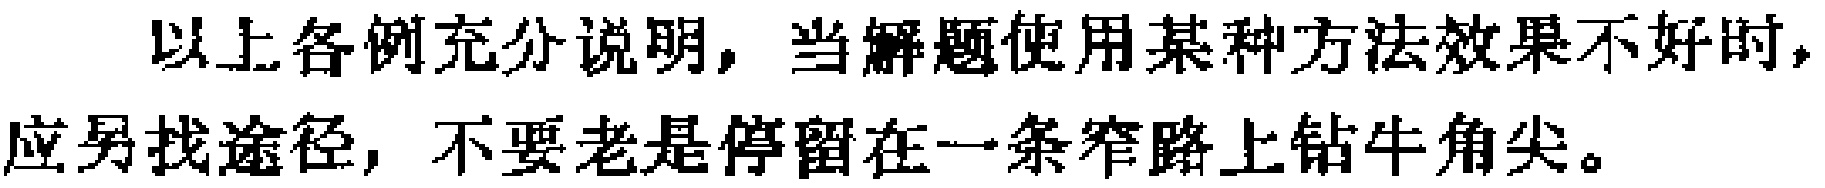
以上各例充分说明，当解题使用某种方法效果不好时，应另找途径，不要老是停留在一条窄路上钻牛角尖。